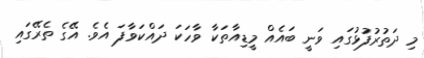
މި ދަތުރުފުޅުގައި ވަނީ ބައެއް މީޑިއާތަކާ ވާހަކަ ދައްކަވާފަ އެވެ. އޭގެ ތެރޭގައި